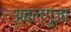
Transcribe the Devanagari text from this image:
अबल्गुजा